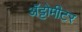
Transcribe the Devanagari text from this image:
अॅट्टोमीटर